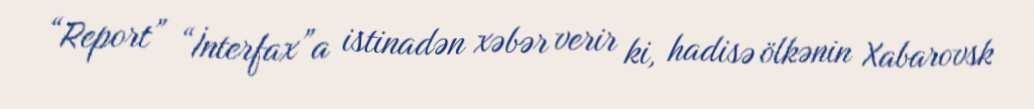
“Report” “İnterfax”a istinadən xəbər verir ki, hadisə ölkənin Xabarovsk